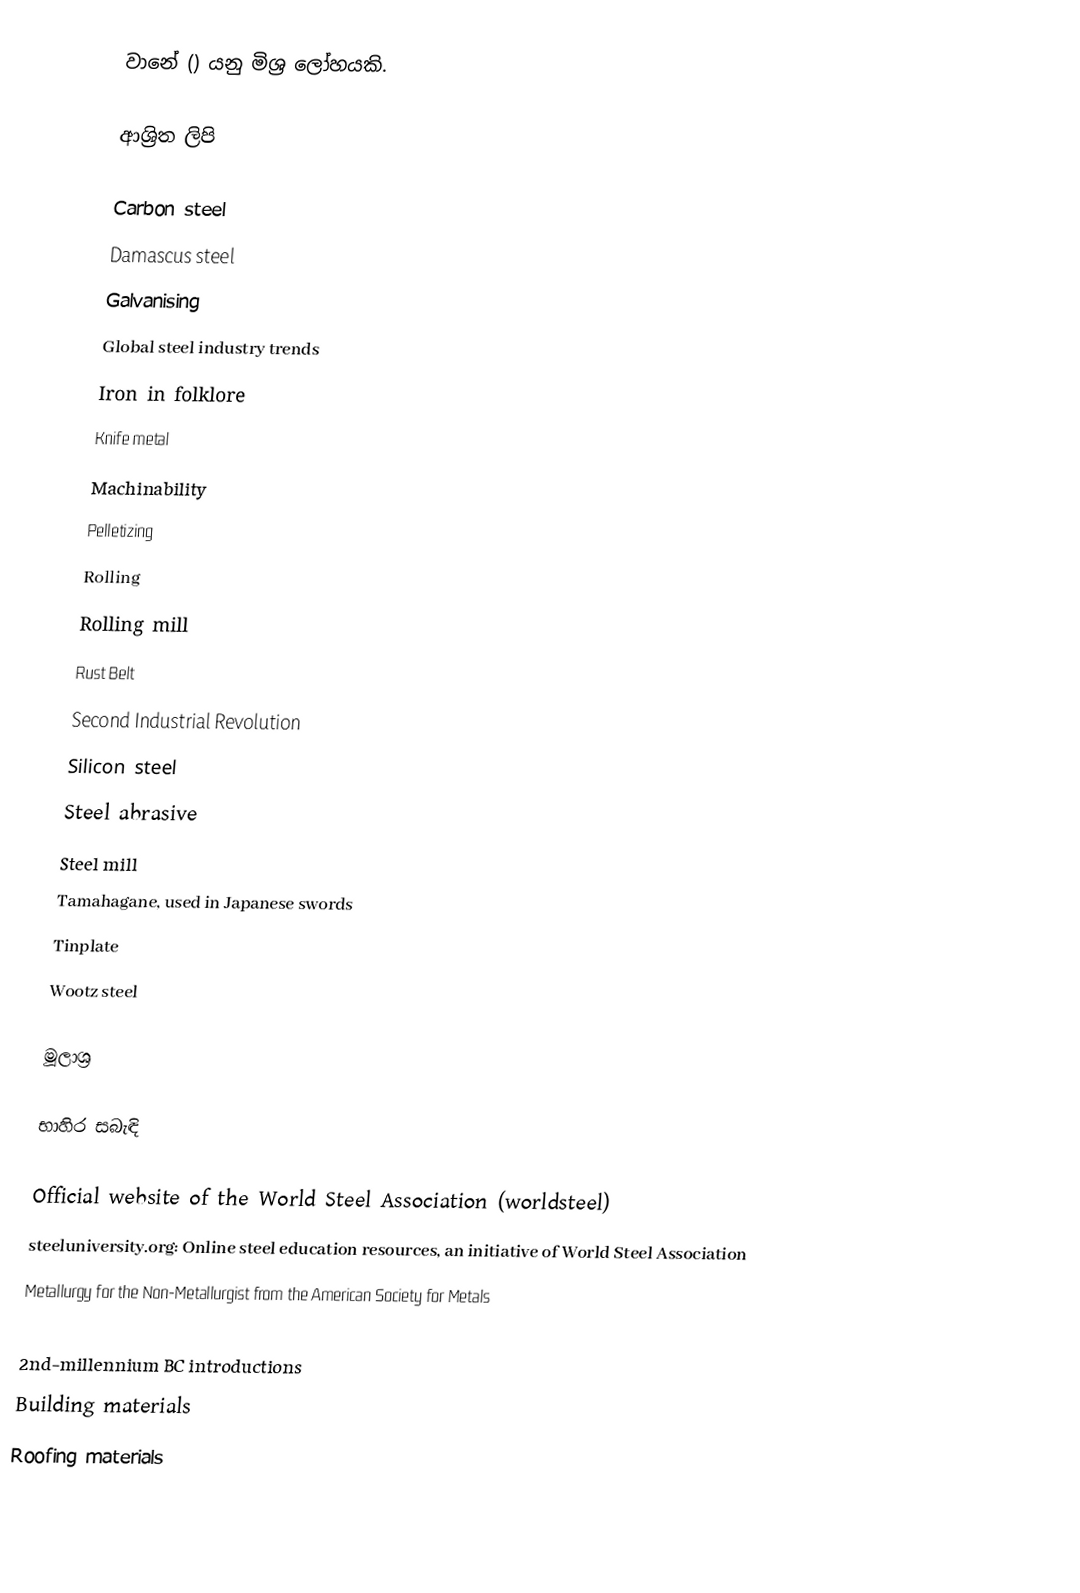
වානේ () යනු මිශ්‍ර ලෝහයකි.

ආශ්‍රිත ලිපි

 Carbon steel
 Damascus steel
 Galvanising
 Global steel industry trends
 Iron in folklore
 Knife metal
 Machinability
 Pelletizing
 Rolling
 Rolling mill
 Rust Belt
 Second Industrial Revolution
 Silicon steel
 Steel abrasive
 Steel mill
 Tamahagane, used in Japanese swords
 Tinplate
 Wootz steel

මූලාශ්‍ර

භාහිර සබැඳි

 Official website of the World Steel Association (worldsteel)
 steeluniversity.org: Online steel education resources, an initiative of World Steel Association
 Metallurgy for the Non-Metallurgist from the American Society for Metals

2nd-millennium BC introductions
Building materials
Roofing materials